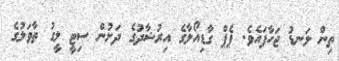
ތިން ލަނޑު ޖަހާފައެވެ. ޕެޕް ގާޑިއޯލާގެ އިރުޝާދުގެ ދަށުން ސިޓީ ލީގު ތާވަލުގެ